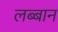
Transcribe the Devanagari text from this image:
लब्बान